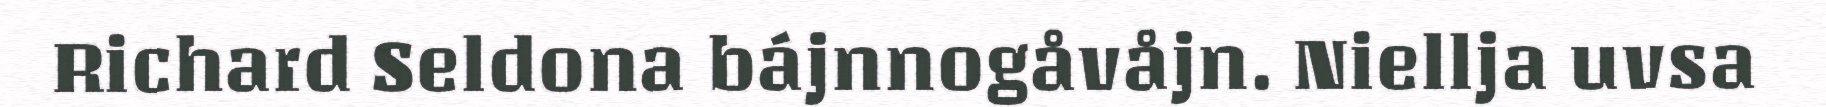
Richard Seldona bájnnogåvåjn. Niellja uvsa